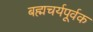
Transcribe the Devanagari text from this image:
बह्मचर्यपूर्वक